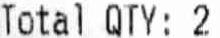
TOTAL QTY: 2